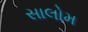
સાલોમ